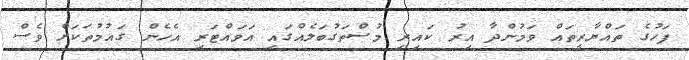
ފަހުގެ ތައްޔާރީތައް ވަމުންދާ އިރު ކައިރި މުސްތަގުބަލެއްގައި އަވައްޓަރި އެހެން ގައުމުތަކަށް ވެސް